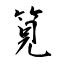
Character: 筧